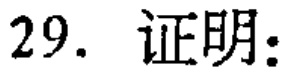
29. 证明：